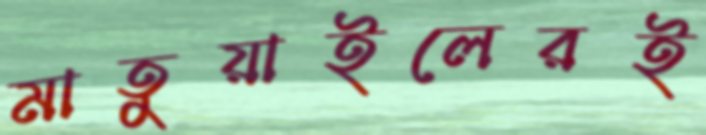
মাতুয়াইলেরই